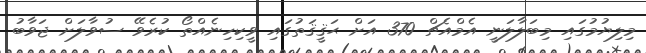
މިލިޔުމުގައި މިބަލާލަނީ އެމްއެޗް 370 އަށް ޙަޤީޤަތުގައި ވީކިހިނެއްތޯ ކުރެވޭ ސުވާލަށް ޖަވާބު